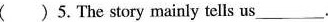
()5. The story mainly tells us ___.